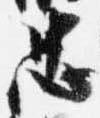
忠